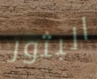
البثور